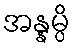
အန္နမ္ပိ